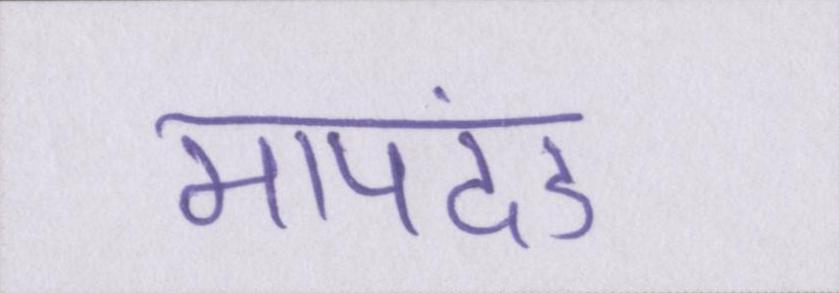
मापदंड